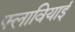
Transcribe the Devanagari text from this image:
फ्लावियाई